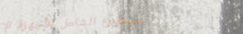
مستودع الشامل للأجهزة الإ